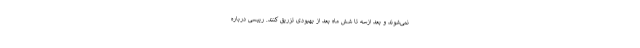
نمی‌شوند و بعد ازسه تا شش ماه بعد از بهبودی تزریق کنند. رییسی درباره